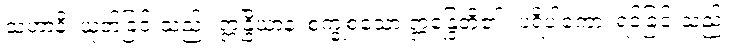
သံဟာနိ၊ ယုတ်ခြင်းသည်။ ဣန္ဒြိယာနံ၊ စက္ခုစသော ဣန္ဒြေတို့၏။ ပရိပါကော၊ ရင့်ခြင်းသည်။